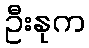
ဦးနုက